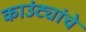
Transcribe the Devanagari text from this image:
काउंट्यांचे